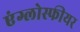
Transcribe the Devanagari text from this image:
एंग्लोस्फीयर